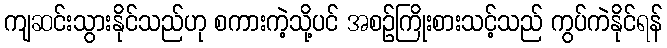
ကျဆင်းသွားနိုင်သည်ဟု စကားကဲ့သို့ပင် အစဉ်ကြိုးစားသင့်သည် ကွပ်ကဲနိုင်ရန်